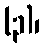
(၃)၊